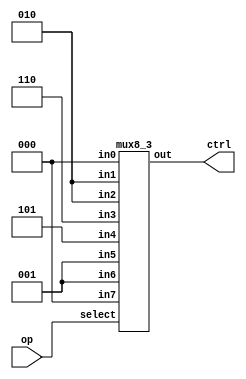
module control(ctrl, op);
  input [2:0] op;
  output [2:0] ctrl;

  wire [2:0] out;

  mux8_3 cmux(ctrl, op, 3'b000, 3'b010, 3'b010, 3'b110, 3'b101, 3'b001, 3'b001, 3'b000);
endmodule

module mux2_3(out, select, in0, in1);
  input select;
  input[2:0] in0, in1;
  output [2:0] out;
  assign out = select ? in1 : in0;
  
endmodule

module mux4_3(out, select, in0, in1, in2, in3);
  input [1:0] select;
  input [2:0] in0, in1, in2, in3;
  output [2:0] out;
  wire [2:0] w1, w2;

  mux2_3 first_top(w1, select[0], in0, in1);
  mux2_3 first_bottom(w2, select[0], in2, in3);
  mux2_3 second(out, select[1], w1, w2);

endmodule

module mux8_3(out, select, in0, in1, in2, in3, in4, in5, in6, in7);
  input [2:0] select;
  input [2:0] in0, in1, in2, in3, in4, in5, in6, in7;
  output [2:0] out;
  wire [2:0] w1, w2;

  mux4_3 top4(w1, select[1:0], in0, in1, in2, in3);
  mux4_3 bottom4(w2, select[1:0], in4, in5, in6, in7);
  mux2_3 second(out, select[2], w1, w2);
endmodule